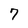
Character: 7